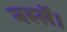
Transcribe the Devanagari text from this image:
नस्लें।